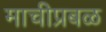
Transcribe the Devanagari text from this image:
माचीप्रबळ